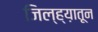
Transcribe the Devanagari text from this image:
जिल्ह्य़ातून